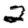
Digit: 2